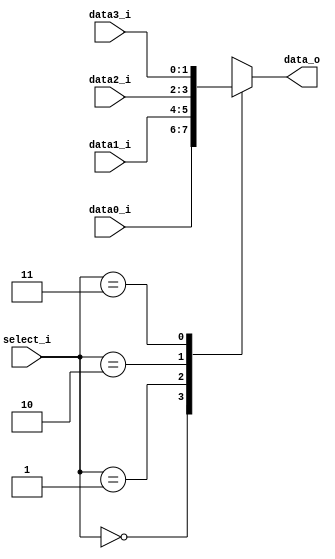
//Subject:     CO project 5 - MUX 421
//--------------------------------------------------------------------------------
//Version:     1
//--------------------------------------------------------------------------------
//Writer:       110550093
//----------------------------------------------
//Date:        
//----------------------------------------------
//Description: 
//--------------------------------------------------------------------------------
module MUX_4to1(
    data0_i,
    data1_i,
    data2_i,
    data3_i,
    select_i,
    data_o
);

parameter size = 0;			   
			
//I/O ports               
input   [size-1:0] data0_i;          
input   [size-1:0] data1_i;
input   [size-1:0] data2_i;
input   [size-1:0] data3_i;
input   [2-1:0]    select_i;
output  [size-1:0] data_o; 

//Internal Signals
reg     [size-1:0] data_o;

//Main function
always @(*) begin
    case(select_i) 
        2'b00: data_o <= data0_i;
        2'b01: data_o <= data1_i;
        2'b10: data_o <= data2_i;
        2'b11: data_o <= data3_i;
    endcase
end

endmodule